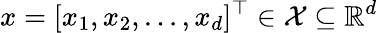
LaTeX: x=[x_{1},x_{2},\ldots,x_{d}]^{\top}\in\mathcal{X}\subseteq\mathbb{R}^{d}